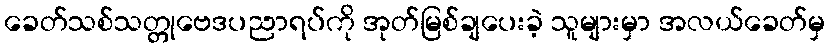
ခေတ်သစ်သတ္တုဗေဒပညာရပ်ကို အုတ်မြစ်ချပေးခဲ့ သူများမှာ အလယ်ခေတ်မှ